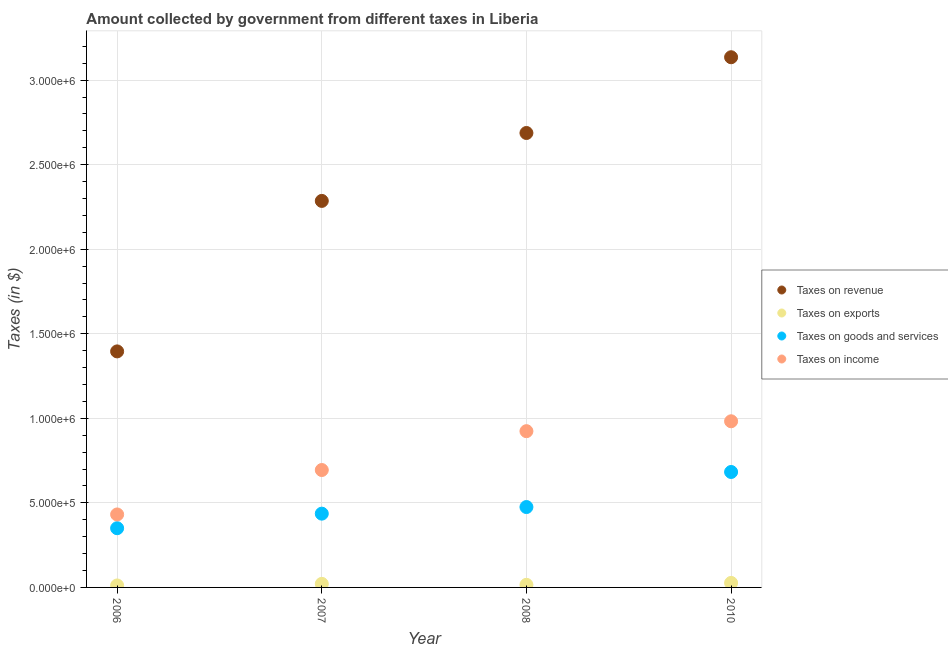
| Year | Taxes on revenue | Taxes on exports | Taxes on goods and services | Taxes on income |
 | --- | --- | --- | --- | --- |
 | 2006 | 1.4e+06 | 1.16e+04 | 3.5e+05 | 4.32e+05 |
 | 2007 | 2.29e+06 | 2.11e+04 | 4.36e+05 | 6.94e+05 |
 | 2008 | 2.69e+06 | 1.54e+04 | 4.75e+05 | 9.24e+05 |
 | 2010 | 3.14e+06 | 2.67e+04 | 6.83e+05 | 9.83e+05 |